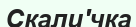
Скали'чка